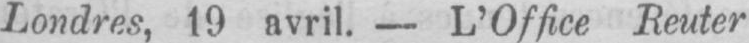
Londres, 19 avril. - L’Office Reuter